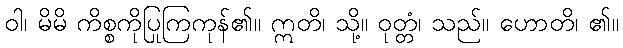
ဝါ၊ မိမိ ကိစ္စကိုပြုကြကုန်၏။ ဣတိ၊ သို့။ ဝုတ္တံ၊ သည်။ ဟောတိ၊ ၏။